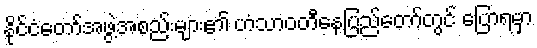
နိုင်ငံတော်အဖွဲ့အစည်းများ၏ ဟံသာဝတီနေပြည်တော်တွင် ပြောရမှာ